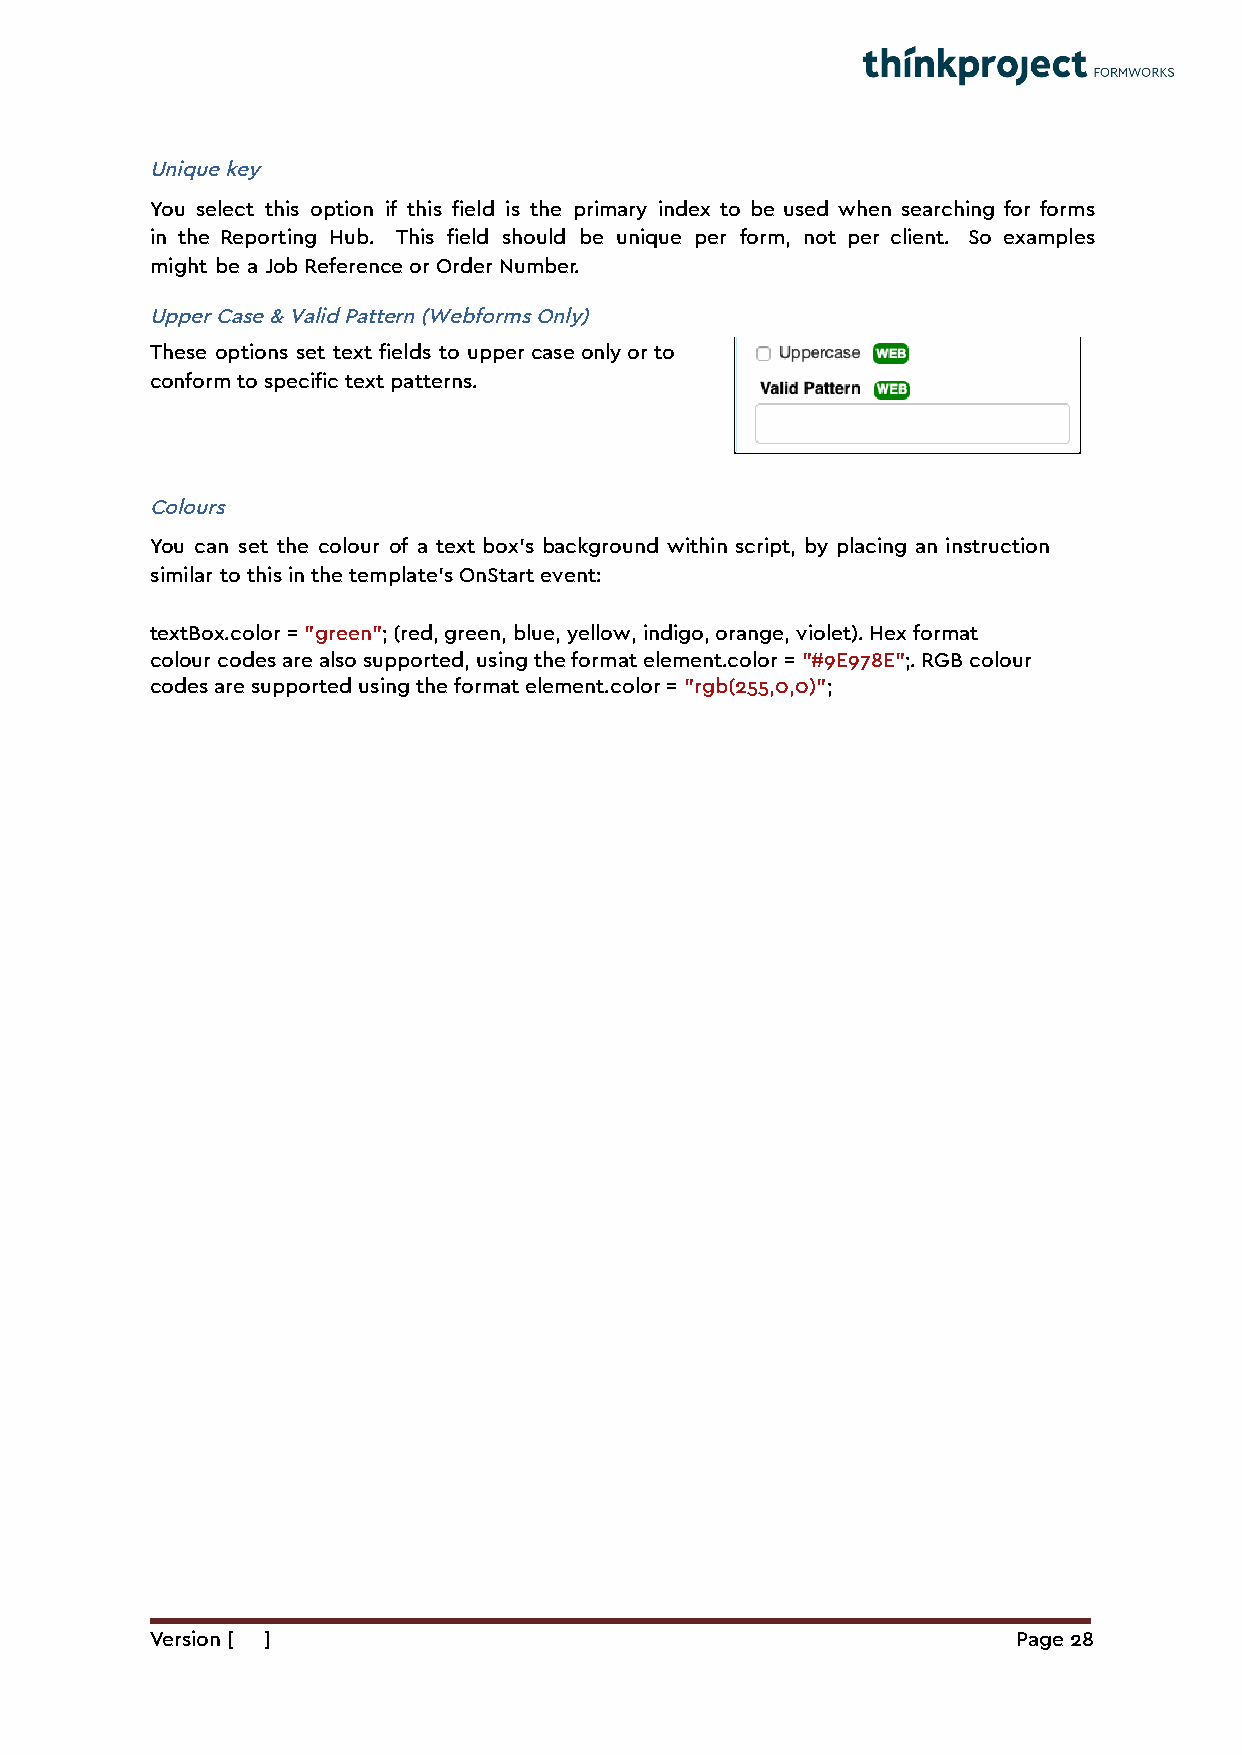
Unique key
 You select this option if this field is the primary index to be used when searching for forms
 in the Reporting Hub. This field should be unique per form, not per client. So examples
 might be a Job Reference or Order Number.
 Upper Case & Valid Pattern (Webforms Only)
 These options set text fields to upper case only or to
 conform to specific text patterns.
 Colours
 You can set the colour of a text box’s background within script, by placing an instruction
 similar to this in the template’s OnStart event:
 textBox.color = "green"; (red, green, blue, yellow, indigo, orange, violet). Hex format
 colour codes are also supported, using the format element.color = "#9E978E";. RGB colour
 codes are supported using the format element.color = "rgb(255,0,0)";
 Version [ ]                                              Page 28